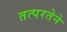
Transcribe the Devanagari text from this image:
तत्‍परतेने